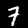
Label: 7